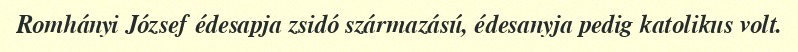
Romhányi József édesapja zsidó származású, édesanyja pedig katolikus volt.